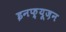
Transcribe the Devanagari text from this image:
इनफ़्यूज़न